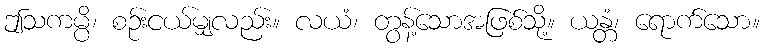
ဤသကမ္ပိ၊ စဉ်းငယ်မျှလည်း။ လယံ၊ တွန့်သောအဖြစ်သို့။ ယန္တံ၊ ရောက်သော။